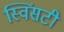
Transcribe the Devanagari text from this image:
स्विंसटी